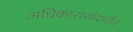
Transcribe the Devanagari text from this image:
अधिकारासंदर्भात